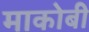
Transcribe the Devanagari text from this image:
माकोबी